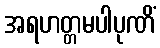
အရဟတ္တမပါပုဏိံ